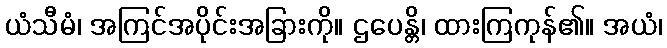
ယံသီမံ၊ အကြင်အပိုင်းအခြားကို။ ဌပေန္တိ၊ ထားကြကုန်၏။ အယံ၊